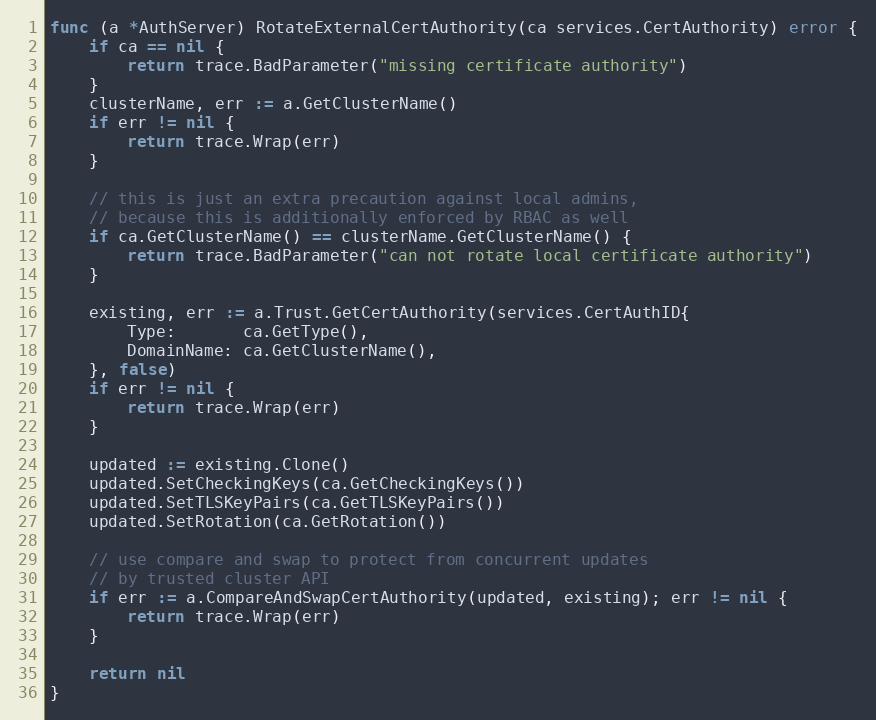
Language: Go
func (a *AuthServer) RotateExternalCertAuthority(ca services.CertAuthority) error {
	if ca == nil {
		return trace.BadParameter("missing certificate authority")
	}
	clusterName, err := a.GetClusterName()
	if err != nil {
		return trace.Wrap(err)
	}

	// this is just an extra precaution against local admins,
	// because this is additionally enforced by RBAC as well
	if ca.GetClusterName() == clusterName.GetClusterName() {
		return trace.BadParameter("can not rotate local certificate authority")
	}

	existing, err := a.Trust.GetCertAuthority(services.CertAuthID{
		Type:       ca.GetType(),
		DomainName: ca.GetClusterName(),
	}, false)
	if err != nil {
		return trace.Wrap(err)
	}

	updated := existing.Clone()
	updated.SetCheckingKeys(ca.GetCheckingKeys())
	updated.SetTLSKeyPairs(ca.GetTLSKeyPairs())
	updated.SetRotation(ca.GetRotation())

	// use compare and swap to protect from concurrent updates
	// by trusted cluster API
	if err := a.CompareAndSwapCertAuthority(updated, existing); err != nil {
		return trace.Wrap(err)
	}

	return nil
}